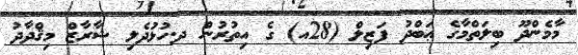
މާމެންދޫ ބިލަތްމާގެ ޢަބްދު ފަޒިލް (28އ) ގެ އިތުރުން ދ.ހުޅުދެލި ޝާރާޒް މިޤްދާދު